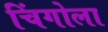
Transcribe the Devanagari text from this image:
चिंगोला